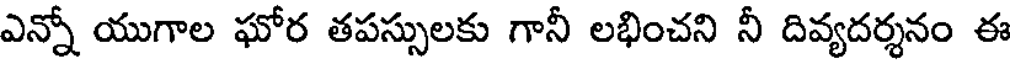
ఎన్నో యుగాల ఘోర తపస్సులకు గానీ లభించని నీ దివ్యదర్శనం ఈ